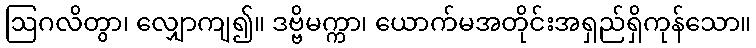
ဩဂလိတွာ၊ လျှောကျ၍။ ဒဗ္ဗိမက္ကာ၊ ယောက်မအတိုင်းအရှည်ရှိကုန်သော။